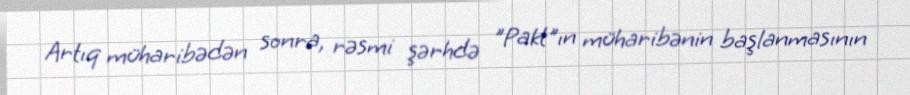
Artıq müharibədən sonra, rəsmi şərhdə "Pakt"ın müharibənin başlanmasının